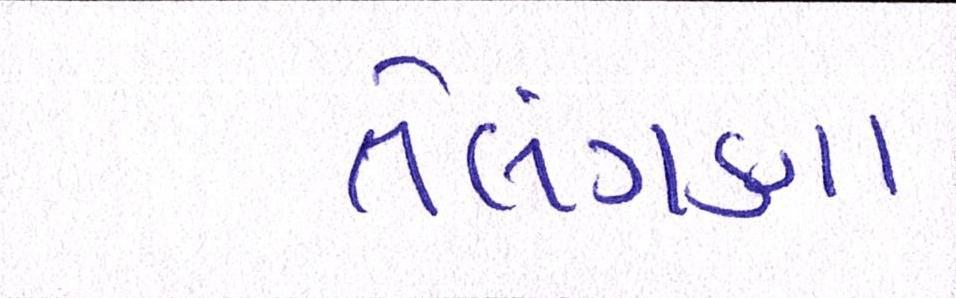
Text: તેલંગણા